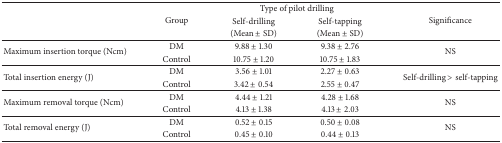
<table><thead><tr><td rowspan="3"></td><td rowspan="3"><b>Group</b></td><td colspan="2"><b>Type of pilot drilling</b></td><td rowspan="3"><b>Significance</b></td></tr><tr><td><b>Self-drilling</b></td><td><b>Self-tapping</b></td></tr><tr><td><b>(Mean ± SD)</b></td><td><b>(Mean ± SD)</b></td></tr></thead><tbody><tr><td rowspan="2">Maximum insertion torque (Ncm)</td><td>DM</td><td>9.88 ± 1.30</td><td>9.38 ± 2.76</td><td rowspan="2">NS</td></tr><tr><td>Control</td><td>10.75 ± 1.20</td><td>10.75 ± 1.83</td></tr><tr><td rowspan="2">Total insertion energy (J)</td><td>DM</td><td>3.56 ± 1.01</td><td>2.27 ± 0.63</td><td rowspan="2">Self-drilling &gt; self-tapping</td></tr><tr><td>Control</td><td>3.42 ± 0.54</td><td>2.55 ± 0.47</td></tr><tr><td rowspan="2">Maximum removal torque (Ncm)</td><td>DM</td><td>4.44 ± 1.21</td><td>4.28 ± 1.68</td><td rowspan="2">NS</td></tr><tr><td>Control</td><td>4.13 ± 1.38</td><td>4.13 ± 2.03</td></tr><tr><td rowspan="2">Total removal energy (J)</td><td>DM</td><td>0.52 ± 0.15</td><td>0.50 ± 0.08</td><td rowspan="2">NS</td></tr><tr><td>Control</td><td>0.45 ± 0.10</td><td>0.44 ± 0.13</td></tr></tbody></table>